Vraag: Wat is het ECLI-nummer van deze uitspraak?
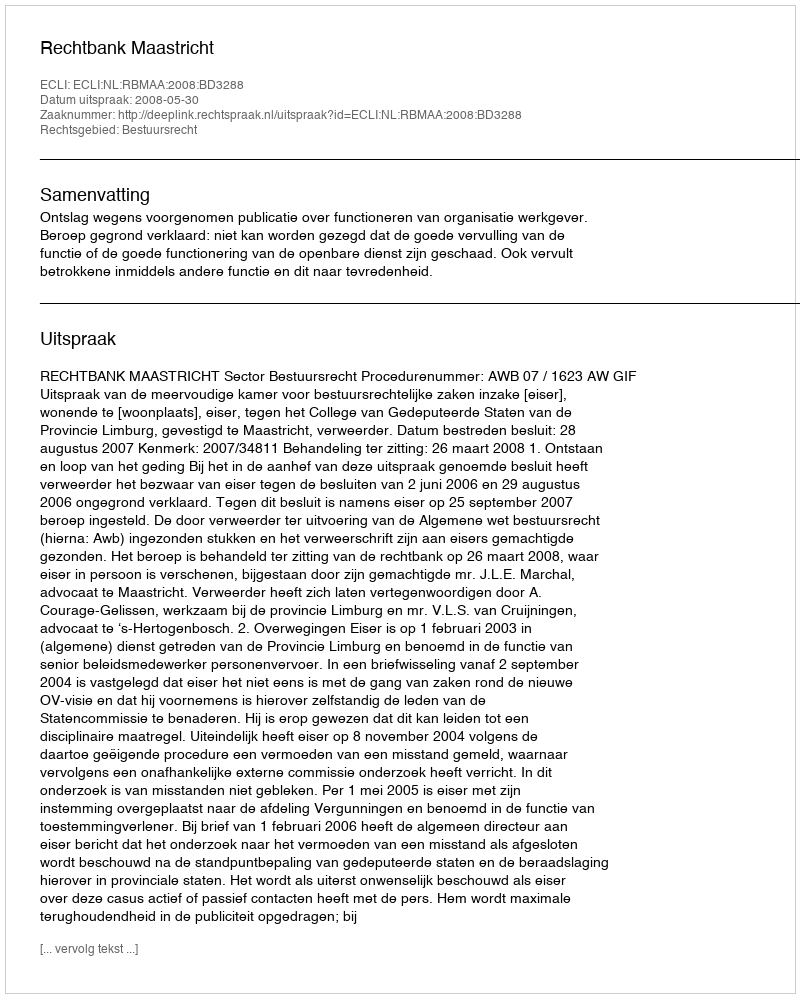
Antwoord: ECLI:NL:RBMAA:2008:BD3288